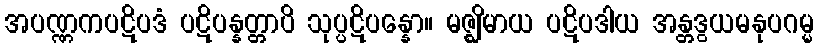
အပဏ္ဏကပဋိပဒံ ပဋိပန္နတ္တာပိ သုပ္ပဋိပန္နော။ မဇ္ဈိမာယ ပဋိပဒါယ အန္တဒွယမနုပဂမ္မ